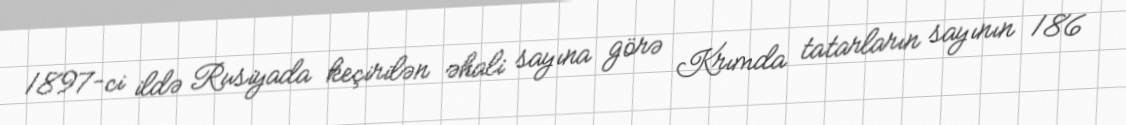
1897-ci ildə Rusiyada keçirilən əhali sayına görə Krımda tatarların sayının 186